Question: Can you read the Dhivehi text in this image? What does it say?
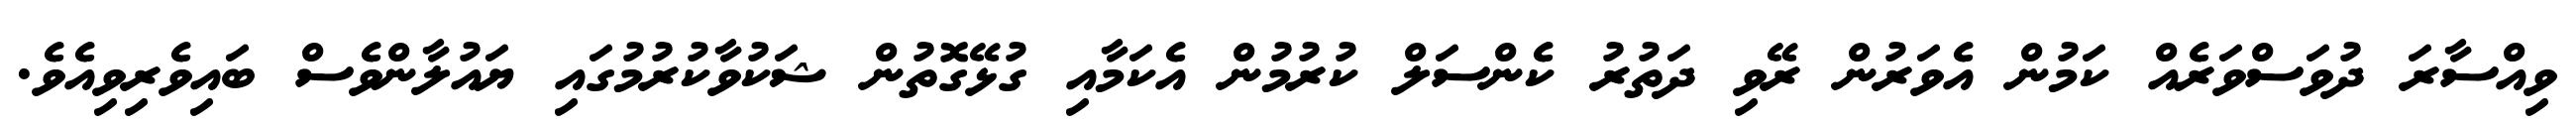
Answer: ވިއްސާރަ ދުވަސްވަރެއް ކަމުން އެވަރުން ރޭވި ދަތުރު ކެންސަލް ކުރުމުން އެކަމާއި ގުޅޭގޮތުން ޝަކުވާކުރުމުގައި ޔައުލާންވެސް ބައިވެރިވިއެވެ.